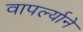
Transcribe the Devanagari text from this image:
वापर्ल्याने